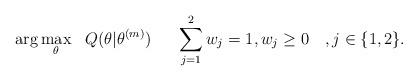
LaTeX: \begin{align*} \begin{aligned} & \arg \underset{{{{\theta}}}}{\max} & & Q({{{\theta}}}|{{{\theta}}}^{(m)}) & & & \sum_{j=1}^2 w_j=1, w_j \geq 0 \quad, j\in \{1,2\}.\\ \end{aligned}\end{align*}